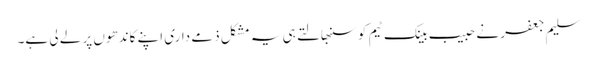
سلیم جعفر نے حبیب بینک ٹیم کو سنبھالتے ہی یہ مشکل ذمے داری اپنے کاندھوں پر لے لی ہے۔